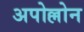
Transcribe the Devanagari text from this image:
अपोल्लोन